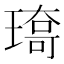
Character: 𤨯